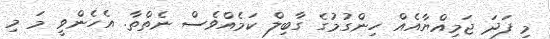
މި ފަދަ ޖަމިއްޔާއެއް ހިންގުމުގެ ގާބިލް ކަމެއްވެސް ނެތްތާ. އެހެންވީ މަ މި